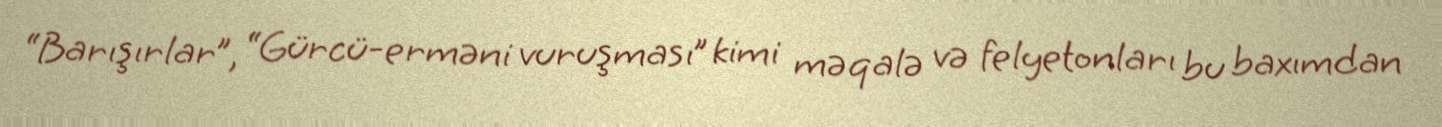
“Barışırlar”, “Gürcü-erməni vuruşması” kimi məqalə və felyetonları bu baxımdan